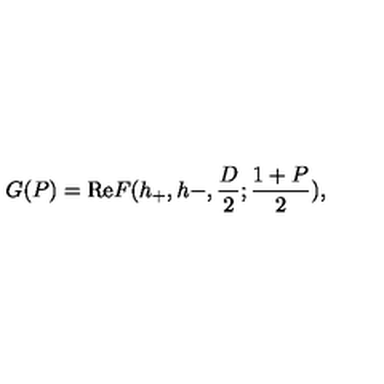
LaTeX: G ( P ) = \mathrm { R e } F ( h _ { + } , h - , \frac D 2 ; \frac { 1 + P } { 2 } ) ,